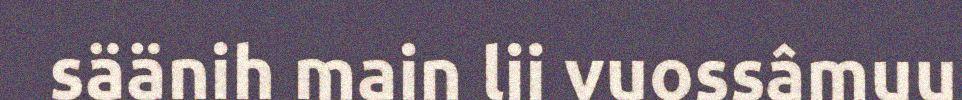
säänih main lii vuossâmuu